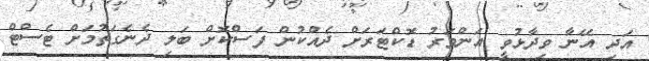
އަދި އޭނާ ވިދާޅުވީ އަންވަރު ޑޮކްޓަރަށް ދެއްކުން ފަސްކޮށް ބަލި ދެނެގަތުމަށް ޓެސްޓް